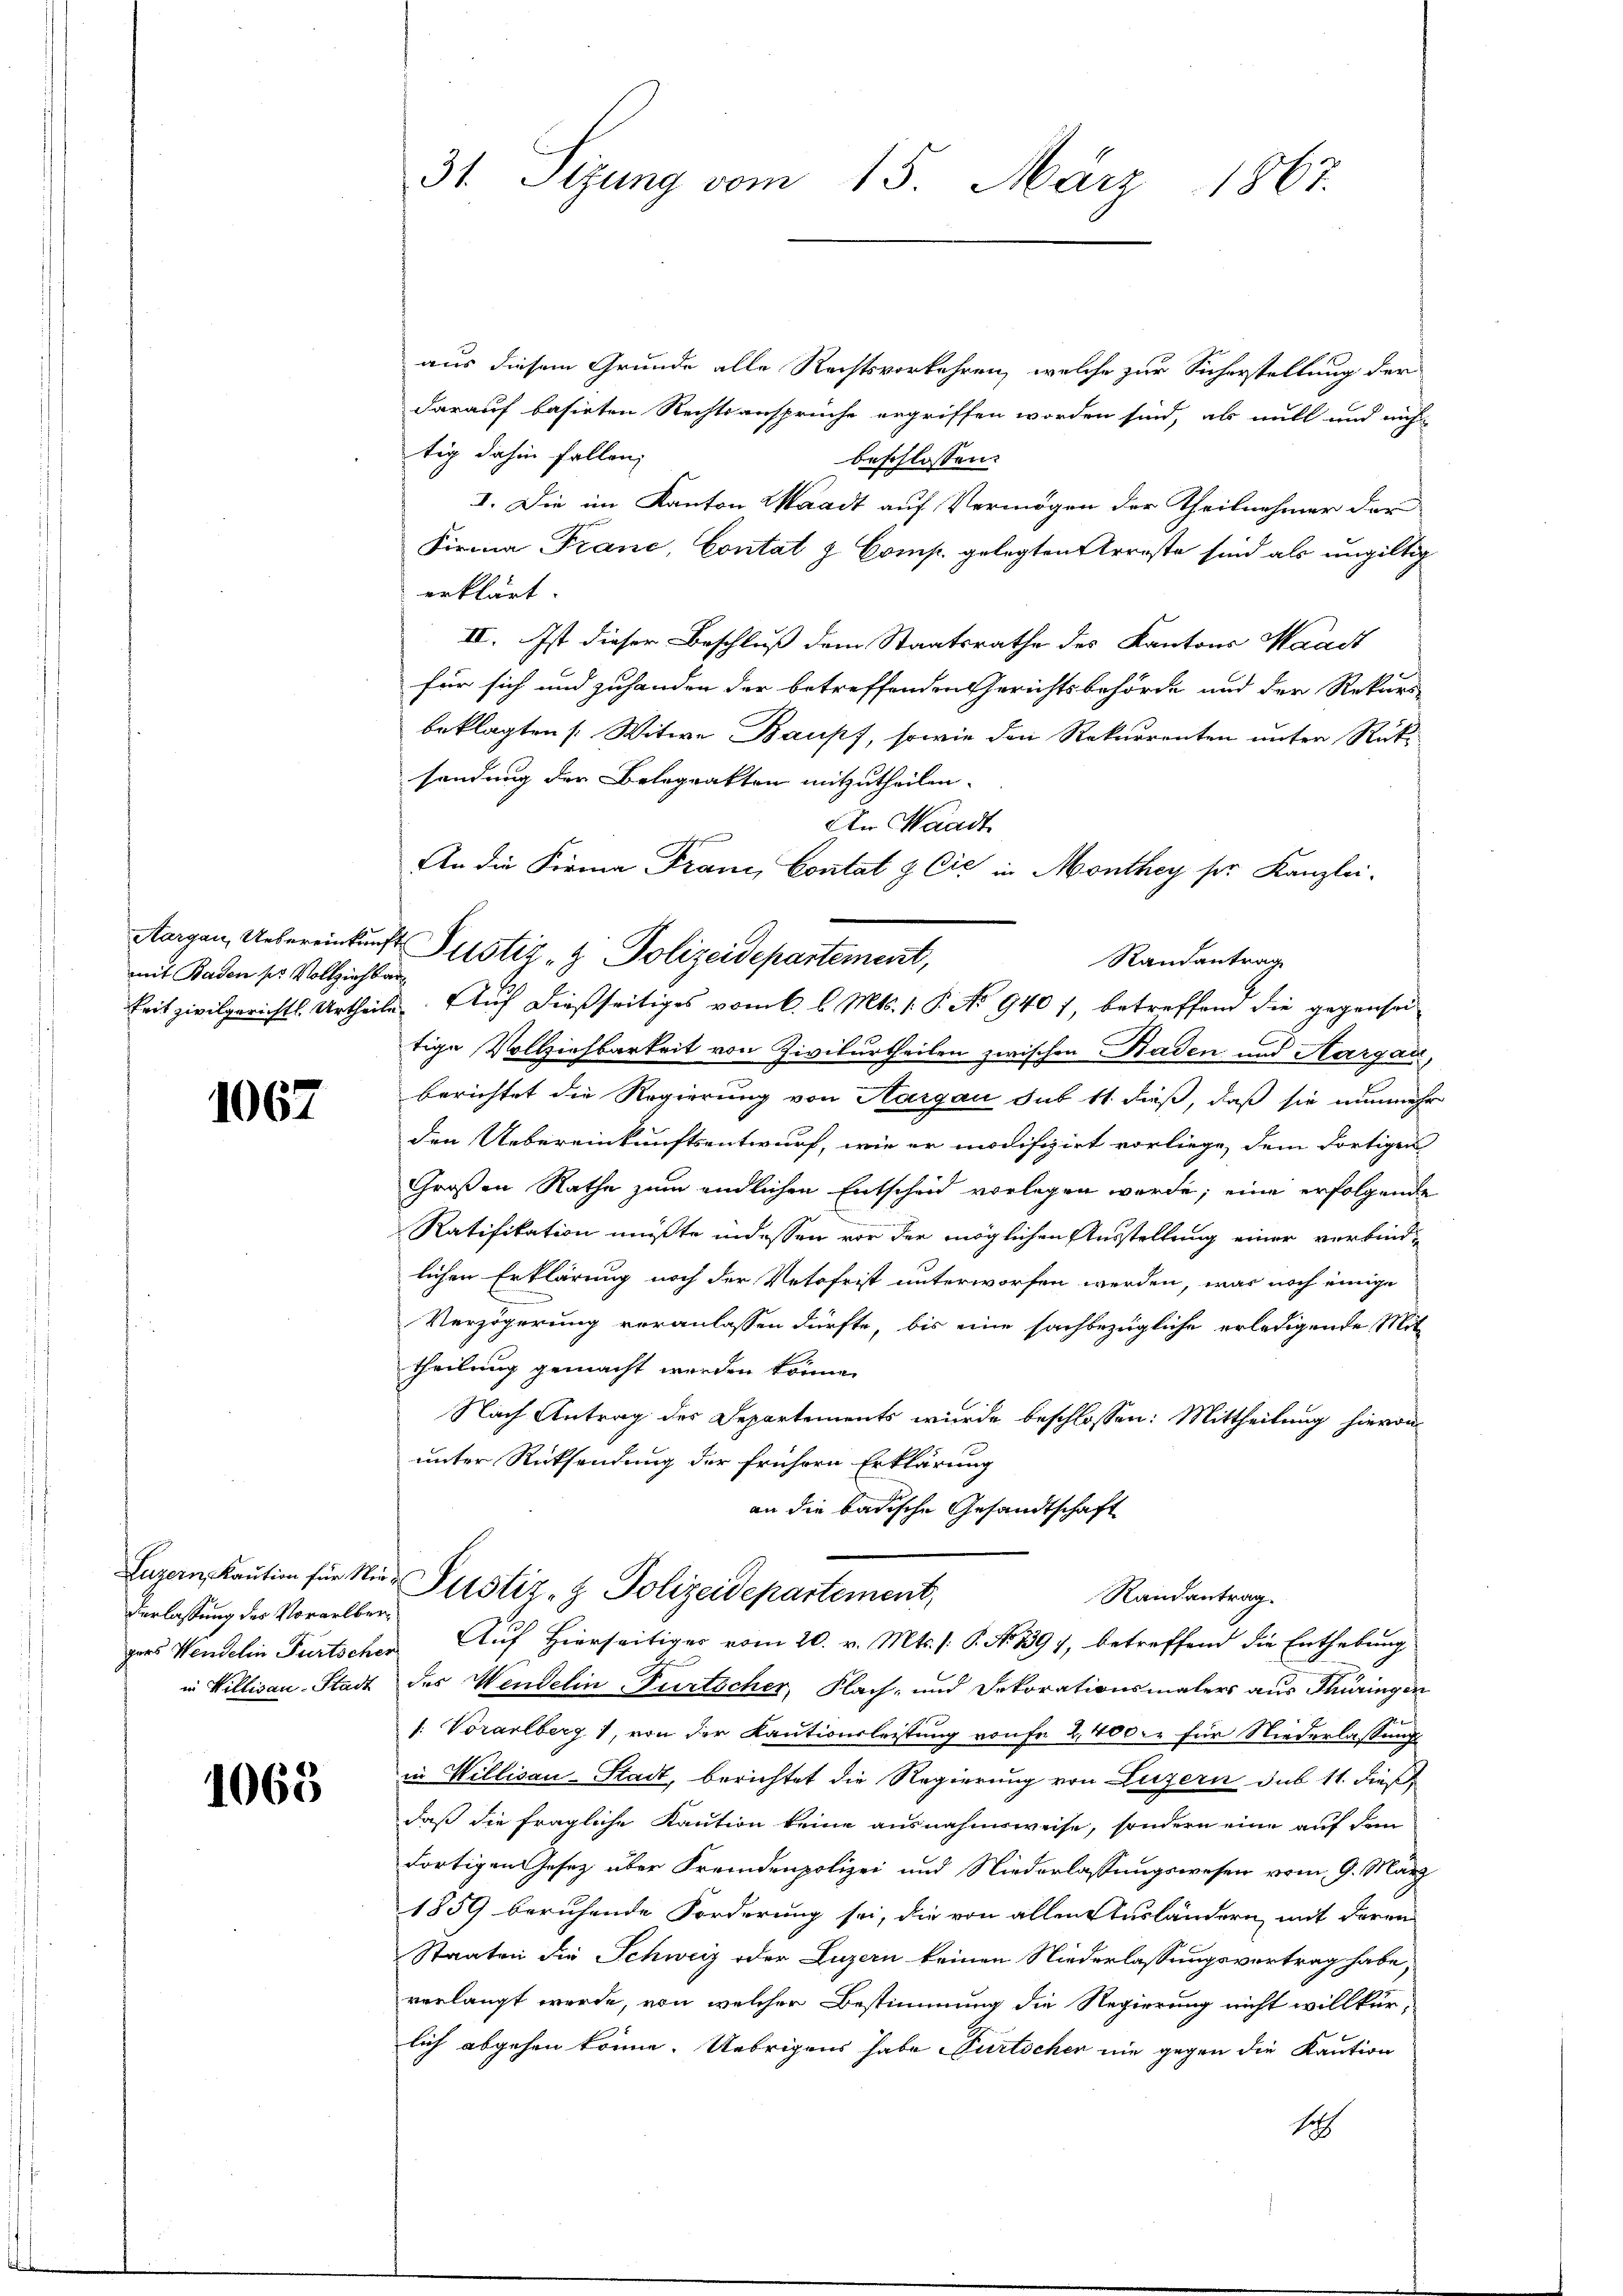
mit Baden pr Vollziehbar

1067

Verlassung des Vorarlber¬

1068

aus diesem Grunde alle Rechtsvorkehren, welche zur Sicherstellung der
darauf basirten Rechtsansprüche ergriffen worden sind, als will und nicht
tig dahin fallen,
beschlossen:
I. Die im Kanton Waadt auf Vermögen der Theilnehmer der
Firma Franc, Contat z Comp. gelegten Arreste sind als ungültig
erklärt
IV. Ist dieser Beschluß dem Staatsrathe des Kantons Waadt
für sich und zuhanden der betreffenden Gerichtsbehörde und der Rekurs
beklagten /: Witwe Baupf, sowie den Rekurrenten unter Rücksandung der Belegrakten mitzutheilen. |
tige Vollziehbarkeit von Zivilurtheilen zwischen Baden und Aargau,
berichtet die Regierung von Aargau sub 11. dieß, daß sie nunmehr
den Uebereinkunftsentwurf, wie er modifizirt vorliege, dem dortigen
Großen Rathe zum endlichen Entscheid vorlegen werde; eine erfolgende
Ratifikation müßte indessen vor der möglichen Ausstellung einer verbindlichen Erklärung noch der Vetofrist unterworfen werden, was noch einige
Verzögerung veranlassen dürfte, bis eine sachbezügliche erledigende Mit
theilung gemacht werden könne.
Nach Antrag des Departements wurde beschlossen: Mittheilung hievon
unter Rücksendung der frühern Erklärung
an die badische Gesandtschaft
Luzern, Kaution für die Pustiz- & Polizeidepartement,
Randantrag
gers Wendelin Fürtscher Auf hierseitiger vom 20. v. Mts. /: P. No 1397, betreffend die Enthebung
in Willisau. Stadt des Wendelin-Fürtscher, Flach- und Dekorationsmalers aus Thüringen
1. Vorarlberg 1, von der Kautionsleistung von fe 2,400. für Niederlassung
in Millisau-Stadt, berichtet die Regierung von Luzern sub 11. dieß,
daß die fragliche Kaution keine ausnahmsweise, sondern eine auf dem
dortigen Gesetz über Fremdenpolizei und Niederlassungswesen vom 9. März
1859 beruhende Forderung sei, die von allen Ausländern mit deren
Staaten die Schweiz oder Luzern keinen Niederlassungsvertrag habe,
verlangt werde, von welcher Bestimmung die Regierung nicht willkür-
lich abgehen könne. Uebrigens habe Partscher nie gegen die Kaution
1

31. Sezung vom 15. März 1867.

Aargau, Uebereinkunft Justiz- & Polizeidepartement,

An Waadt
An die Firma Franz, Contat & Cie in Monthey ser Kanzlei-
Randantrag
keit zivilgerichtl. Urtheile. Auf dießseitiges vom 6. l. Mts. 1. P. No 940 7, betreffend die gegensei